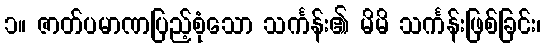
၁။ ဇာတ်ပမာဏပြည့်စုံသော သင်္ကန်း၏ မိမိ သင်္ကန်းဖြစ်ခြင်း၊